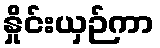
နှိုင်းယှဉ်ကာ